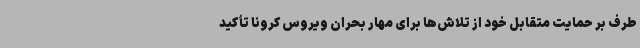
طرف بر حمایت متقابل خود از تلاش‌ها برای مهار بحران ویروس کرونا تأکید